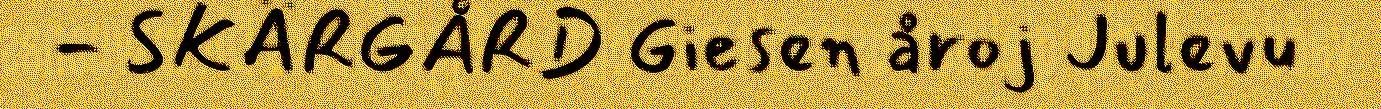
- SKÄRGÅRD Giesen åroj Julevu